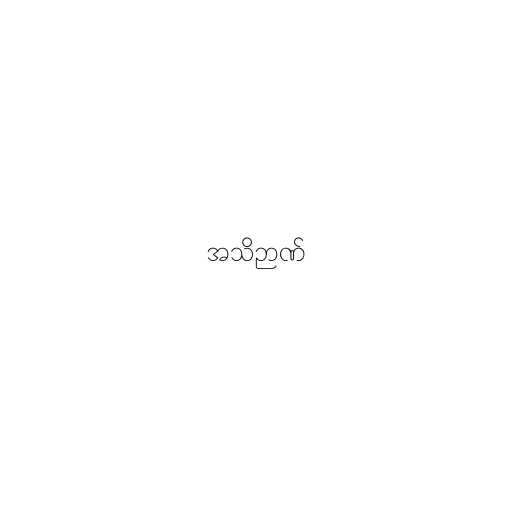
အသိဉာဏ်